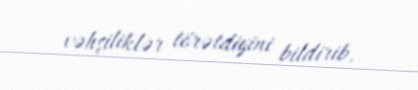
vəhşiliklər törətdiyini bildirib.